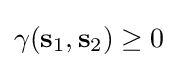
\gamma (\mathbf {s} _{1},\mathbf {s} _{2})\geq 0